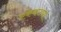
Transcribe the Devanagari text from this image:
एकेकट्या